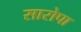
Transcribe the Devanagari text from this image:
सारोपा